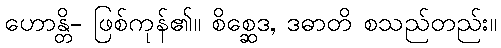
ဟောန္တိ- ဖြစ်ကုန်၏။ စိစ္ဆေဒ, ဒဓာတိ စသည်တည်း။